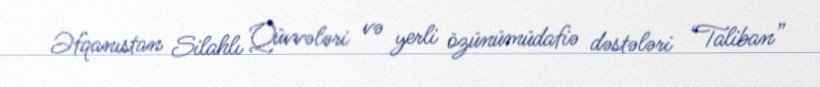
Əfqanıstan Silahlı Qüvvələri və yerli özünümüdafiə dəstələri “Taliban”